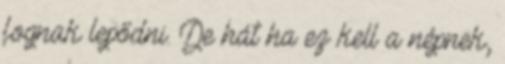
fognak lepődni. De hát ha ez kell a népnek,